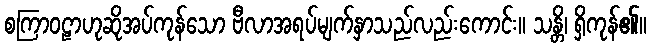
စကြာဝဠာဟုဆိုအပ်ကုန်သော ဗီလာအရပ်မျက်နှာသည်လည်းကောင်း။ သန္တိ၊ ရှိကုန်၏။